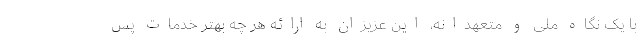
با یک نگاه ملی و متعهدانه، این عزیزان به ارائه هر چه بهتر خدمات پس